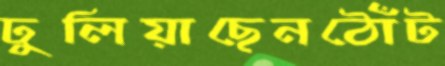
ঢুলিয়াছেনঠোঁট